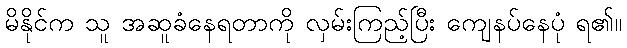
မိနိုင်က သူ အဆူခံနေရတာကို လှမ်းကြည့်ပြီး ကျေနပ်နေပုံ ရ၏။